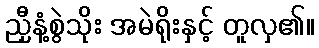
ညှီနံ့စွဲသိုး အမဲရိုးနှင့် တူလှ၏။